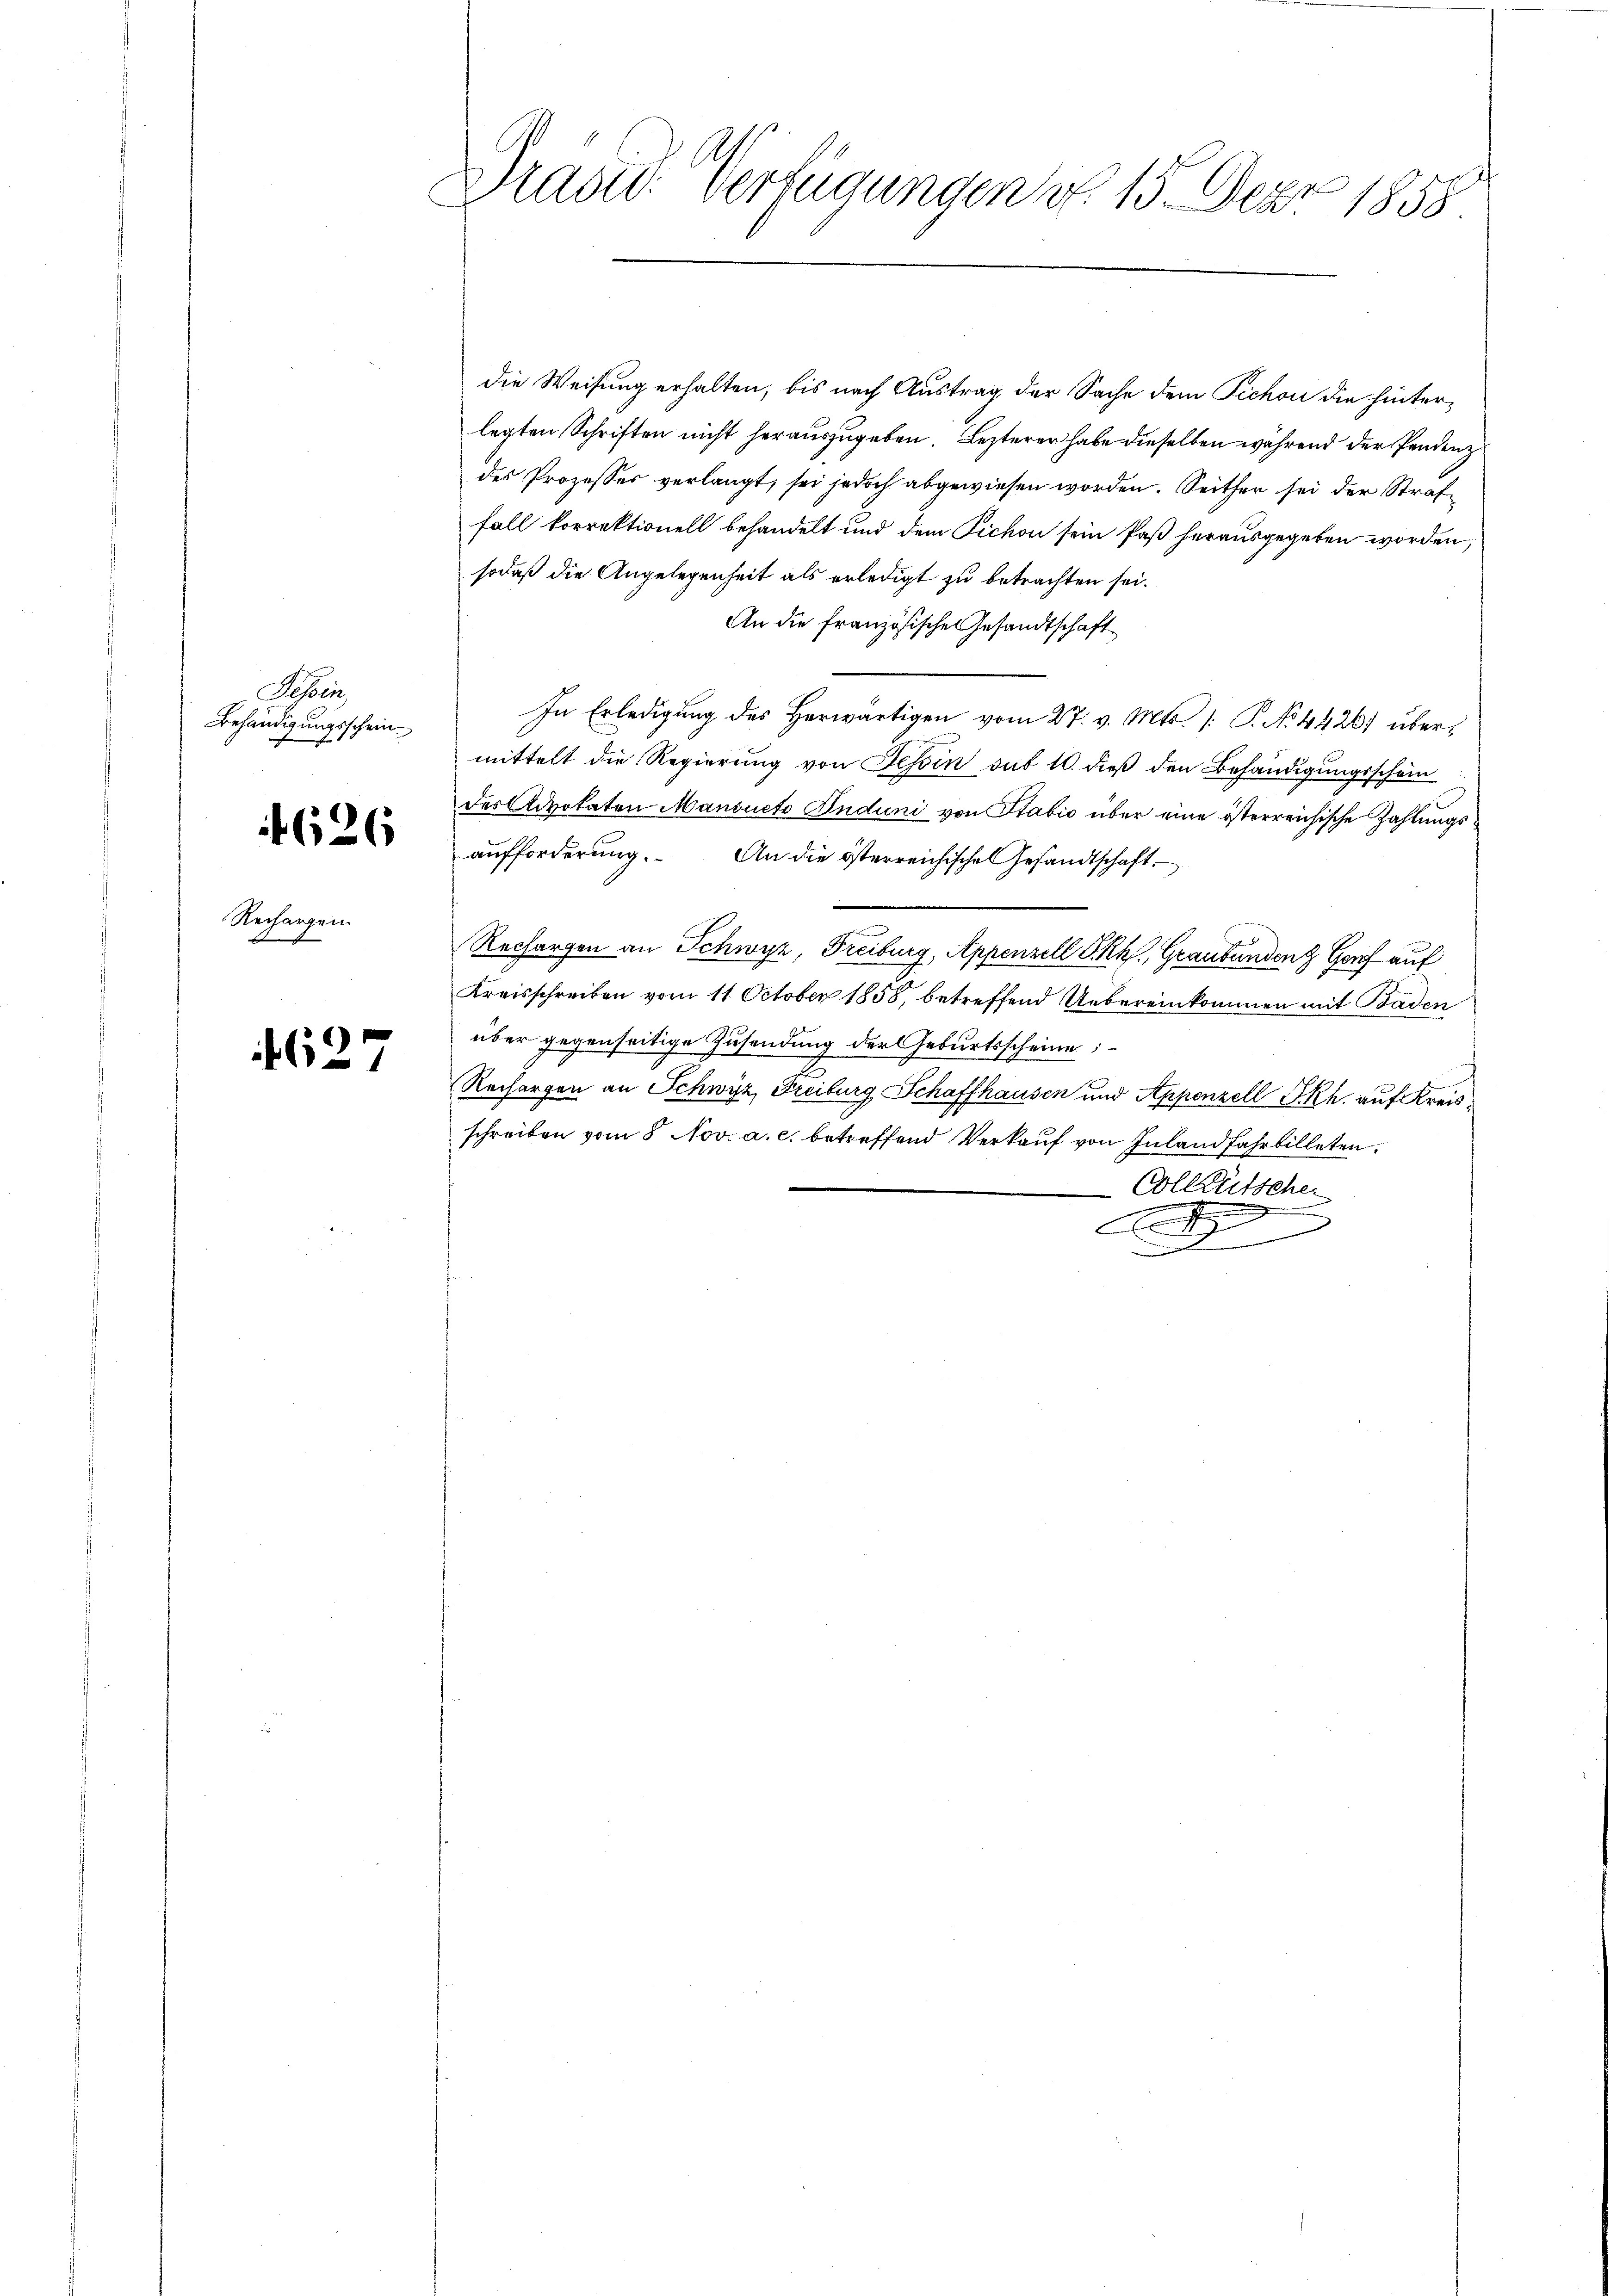
Rosen
Behändigungsschein.

4626

Rechargen.

4627

Präsid. Verfügungen d. 15. Dez. 1858.

die Weisung erhalten, bis nach Austrag der Sache dem Pichon die hinterlegten Schriften nicht herauszugeben. Lezterer habe dieselben während der Pendenz
des Prozesser verlangt, sei jedoch abgewiesen worden. Seither sei der Straffall korrektionell behandelt und dem Pichon sein Paß herausgegeben worden,
sodaß die Angelegenheit als erledigt zu betrachten sei.
An die französische Gesandtschaft
In Erledigung des Herwärtigen vom 27. v. Mts. 1. P. No. 44267 übermittelt die Regierung von Tessin auf 10. dieß den Behändigungsschein
des Advokaten Mansucto Induni von Stabić über eine österreichische Zahlungsaufforderung. An die österreichischen Gesandtschaft
Rechargen an Schwyz, Freiburg, Appenzell I.Rh., Graubünden Genf auf
Kreisschreiben vom 11. October 1858, betreffend Uebereinkommen mit Baden
über gegenseitige Zusendung der Geburtsscheine
Rechargen an Schwyz, Freiburg Schaffhausen und Appenzell I.Rh. auf Kreisschreiben vom 8 Nov. a. c. betreffend Verkauf von Inland fahrbilleten.
Colleütscher
esigen
.
.